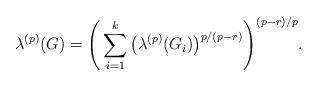
LaTeX: \begin{align*}\lambda^{(p)}(G)=\Bigg(\sum_{i=1}^k\big(\lambda^{(p)}(G_i)\big)^{p/(p-r)}\Bigg)^{(p-r)/p}. \end{align*}